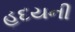
હદયની